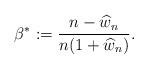
LaTeX: \begin{align*}\beta^{\ast}:= \frac{n-\widehat{w}_{n}}{n(1+\widehat{w}_{n})}.\end{align*}